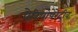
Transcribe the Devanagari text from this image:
पेरियोपेरेटीव